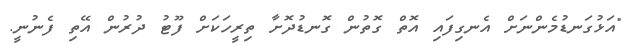
"އަޅުގަނޑުމެންނަށް އެނގިފައި އޮތް ގޮތުން ގޮނޑުދޮށާ ތިރީހަކަށް ފޫޓު ދުރުން އޭތި ފެނުނީ.